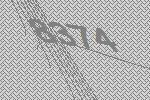
8374